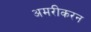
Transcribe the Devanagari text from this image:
अमरीकरन